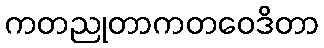
ကတညုတာကတဝေဒိတာ